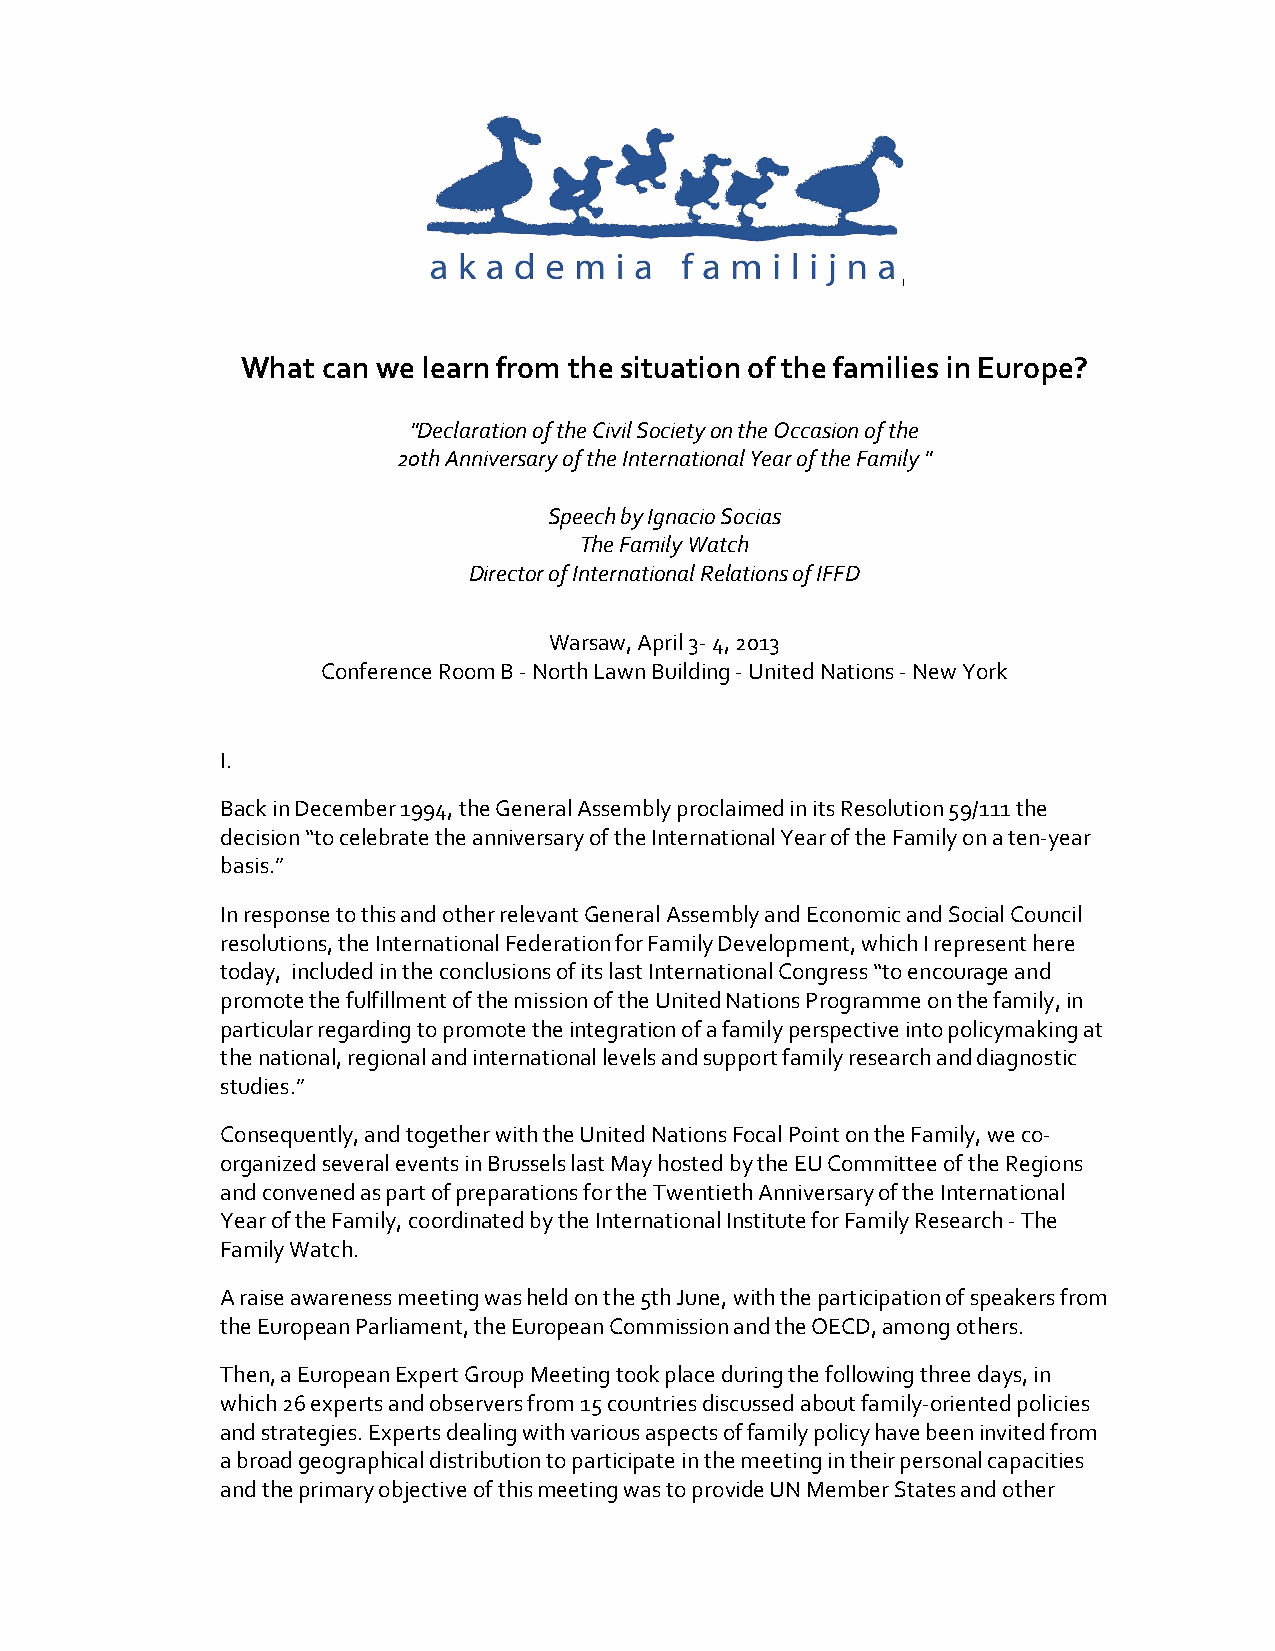
What can we learn from the situation of the families in Europe?
 "Declaration of the Civil Society on the Occasion of the
 20th Anniversary of the International Year of the Family "
 Speech by Ignacio Socias
 The Family Watch
 Director of International Relations of IFFD
 Warsaw, April 3- 4, 2013
 Conference Room B - North Lawn Building - United Nations - New York
 I.
 Back in December 1994, the General Assembly proclaimed in its Resolution 59/111 the
 decision “to celebrate the anniversary of the International Year of the Family on a ten-year
 basis.”
 In response to this and other relevant General Assembly and Economic and Social Council
 resolutions, the International Federation for Family Development, which I represent here
 today, included in the conclusions of its last International Congress “to encourage and
 promote the fulfillment of the mission of the United Nations Programme on the family, in
 particular regarding to promote the integration of a family perspective into policymaking at
 the national, regional and international levels and support family research and diagnostic
 studies.”
 Consequently, and together with the United Nations Focal Point on the Family, we co-
 organized several events in Brussels last May hosted by the EU Committee of the Regions
 and convened as part of preparations for the Twentieth Anniversary of the International
 Year of the Family, coordinated by the International Institute for Family Research - The
 Family Watch.
 A raise awareness meeting was held on the 5th June, with the participation of speakers from
 the European Parliament, the European Commission and the OECD, among others.
 Then, a European Expert Group Meeting took place during the following three days, in
 which 26 experts and observers from 15 countries discussed about family-oriented policies
 and strategies. Experts dealing with various aspects of family policy have been invited from
 a broad geographical distribution to participate in the meeting in their personal capacities
 and the primary objective of this meeting was to provide UN Member States and other